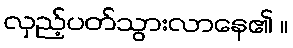
လှည့်ပတ်သွားလာနေ၏ ။